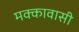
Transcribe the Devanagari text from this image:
मक्कावासी